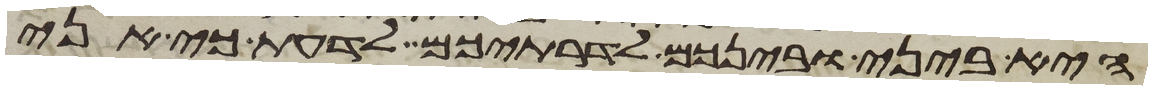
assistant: היא ביני ובינכם לדרתיכם לדעת כי אני